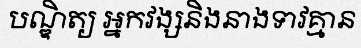
បណ្ឌិត្យ អ្នកវង្សនិងនាងទាវគ្មាន